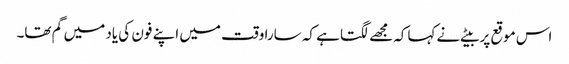
اس موقع پر بیٹے نے کہاکہ مجھے لگتا ہے کہ سارا وقت میں اپنے فون کی یاد میں گم تھا۔